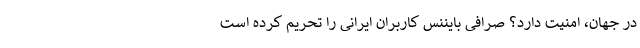
در جهان، امنیت دارد؟ صرافی بایننس کاربران ایرانی را تحریم کرده است